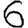
Digit: 6